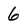
Character: 6